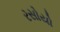
રસોયો